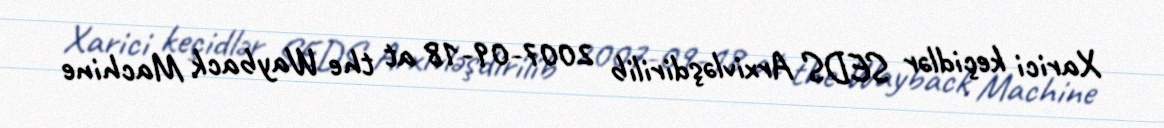
Xarici keçidlər SEDS Arxivləşdirilib 2007-09-18 at the Wayback Machine